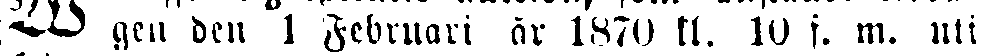
W gen den 1 Februari år 1870 kl. 10 f. m. uti